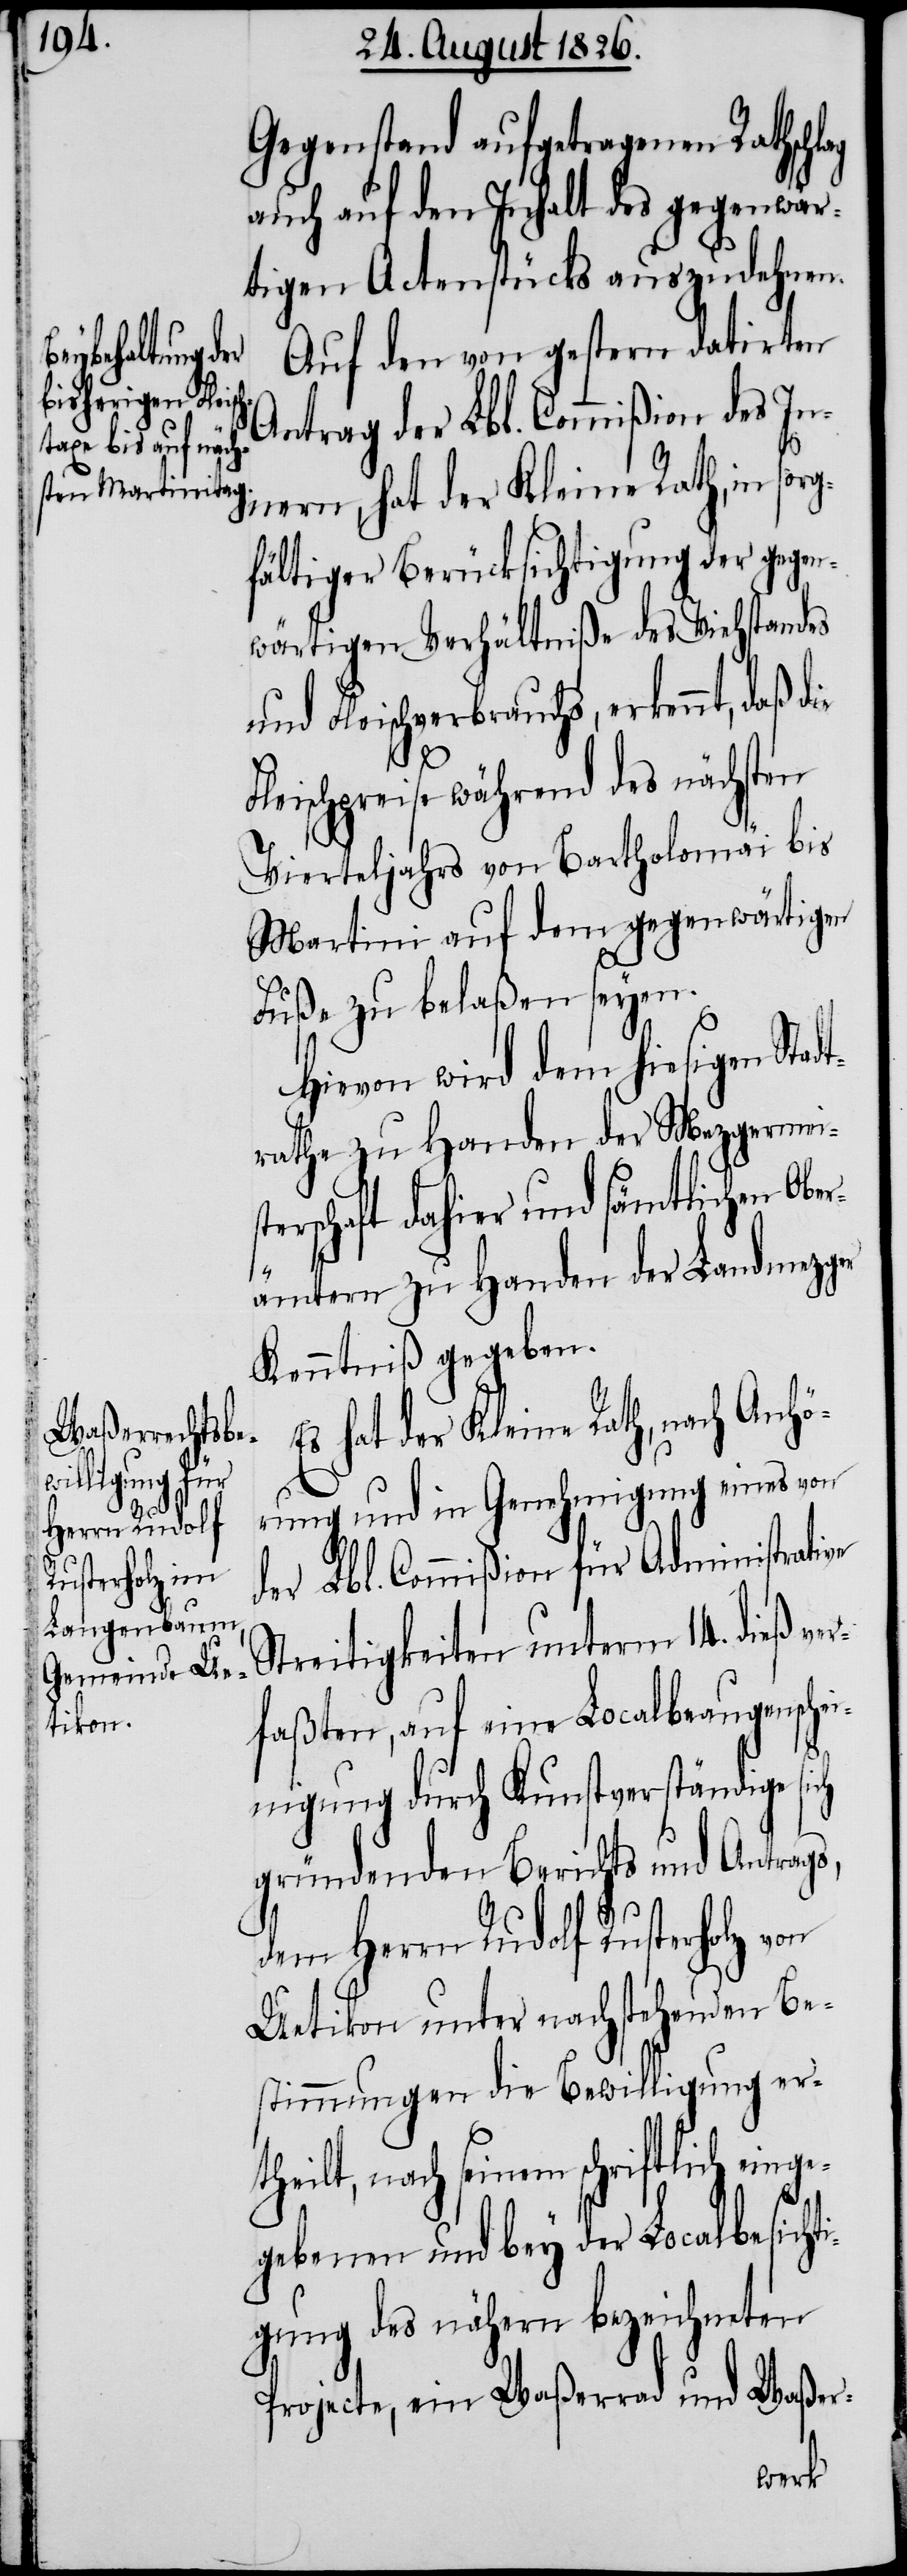
Herrn Rudolf
Rusterholz von

Gegenstand aufgetragenen Rathschl¬
auch auf den Inhalt des gegenwär¬
tigen Actenstücks auszudehnen.
Auf den von gestern datirten
Antrag der Lbl. Commißion des In¬
g¬
nern, hat der Kleine Rath, in sor¬
fältiger Berücksichtigung der gegen¬
wärtigen Verhältniße des Viehstandes
Fleischverbrauchs, erkennt, daß
Fleischpreise während des nächsten
Vierteljahrs von Bartholomäi bis
Martini auf dem gegenwärtigen
Fuße zu belaßen seyen.
Hievon wird dem hiesigen Stad¬
trathe zu Handen der Mezgermeis¬
terschaft dahier und sämtlichen Obe¬
rämtern zu Handen der Landmezger
Kenntniß gegeben.
s hat der Kleine Rath, nach Anhö¬
rung und in Genehmigung eines von
der Lbl. Commißion für Administrative
Streitigkeiten unterm 14. dieß ver¬
faßten, auf eine Localbeaugensche¬
inigung durch Kunstverständige sich
gründenden Berichts und Antrags,
Uetikon unter nachstehenden Be¬
stimmungen die Bewilligung er¬
theilt, nach seinem schriftlich ein¬
egebenen und bey der Localbesicht¬
igung des nähern bezeichneten
Projecte, ein Waßerrad und Waßer-